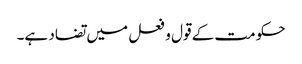
حکومت کے قول و فعل میں تضاد ہے۔